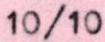
10/10